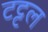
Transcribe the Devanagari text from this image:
टट्टल